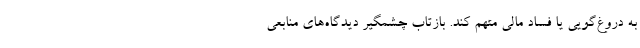
به دروغ‌گویی یا فساد مالی متهم کند. بازتاب چشمگیر دیدگاه‌های منابعی